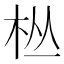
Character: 𱣉